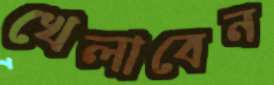
খেলাবেন